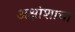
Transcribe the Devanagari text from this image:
अक्षांशाचा